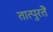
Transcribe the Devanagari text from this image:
तात्पुरतेे